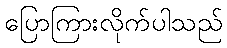
ပြောကြားလိုက်ပါသည်